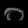
Digit: ၀